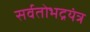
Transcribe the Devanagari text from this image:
सर्वतोभद्रयंत्र